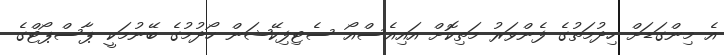
އެ މިންގަޑަށް ހިދުމަތުގެ ފެންވަރު މަތިކޮށް އައިއެސްއޯ ސެޓިފިކޭޝަން ހޯދުމުގެ ބޭނުމަކީ ޕާސްޕޯޓްގެ